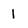
Character: 1